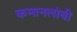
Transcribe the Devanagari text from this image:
कमानलांबी